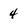
Character: 4